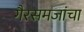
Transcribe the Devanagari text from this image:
गैरसमजांचा